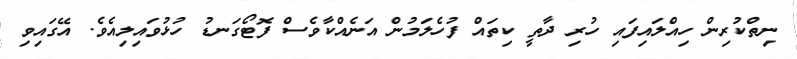
ނިތްކުރިން ހިއްލައިފައި ހުރި ދާތީ ކިތައް ފުހެލަމުން އަނެއްކާވެސް ފޮޓޯގަނޑު ހުޅުވައިލިއެވެ. އޭގައިވި